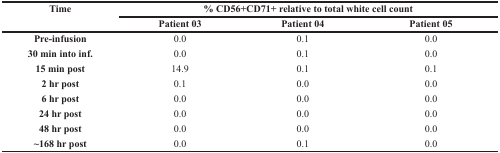
<table><thead><tr><td rowspan="2"><b>Time</b></td><td colspan="3"><b>% CD56+CD71+ relative to total white cell count</b></td></tr><tr><td><b>Patient 03</b></td><td><b>Patient 04</b></td><td><b>Patient 05</b></td></tr></thead><tbody><tr><td><b>Pre-infusion</b></td><td>0.0</td><td>0.1</td><td>0.0</td></tr><tr><td><b>30 min into inf.</b></td><td>0.0</td><td>0.1</td><td>0.0</td></tr><tr><td><b>15 min post</b></td><td>14.9</td><td>0.1</td><td>0.1</td></tr><tr><td><b>2 hr post</b></td><td>0.1</td><td>0.0</td><td>0.0</td></tr><tr><td><b>6 hr post</b></td><td>0.0</td><td>0.0</td><td>0.0</td></tr><tr><td><b>24 hr post</b></td><td>0.0</td><td>0.0</td><td>0.0</td></tr><tr><td><b>48 hr post</b></td><td>0.0</td><td>0.0</td><td>0.0</td></tr><tr><td><b>∼168 hr post</b></td><td>0.0</td><td>0.1</td><td>0.0</td></tr></tbody></table>